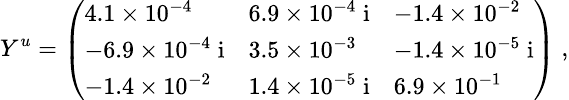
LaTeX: \small{Y^{u}=\left(\begin{array}{lll}{{4.1\times 10^{-4}}}&{{6.9\times 10^{-4}\; \mathrm{i}}}&{{-1.4\times 10^{-2}}}\\ {{-6.9\times 10^{-4}\; \mathrm{i}}}&{{3.5\times 10^{-3}}}&{{-1.4\times 10^{-5}\; \mathrm{i}}}\\ {{-1.4\times 10^{-2}}}&{{1.4\times 10^{-5}\; \mathrm{i}}}&{{6.9\times 10^{-1}}}\end{array}\right)\; },